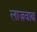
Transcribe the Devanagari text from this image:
लाज़वाब